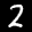
Label: 2